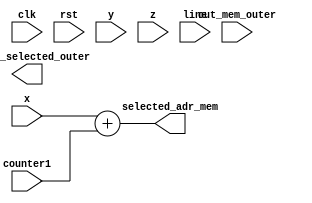
module PE2_DP #(parameter SIZE_ADR = 7)(
    input clk, rst,
    input [SIZE_ADR - 1: 0] x, y, z,
    input [31:0] line,
    //for outer memory:
    output [SIZE_ADR - 1:0] selected_adr_mem,
    output [31:0] in_mem_selected_outer,
    input [31:0] out_mem_outer,

    //communicate with controller:
    input [5:0] counter1
);


wire [31:0] line0;
wire [31:0] line1;
wire [31:0] line2;
wire [31:0] line3;
wire [31:0] line4;
wire [31:0] line5;
wire [31:0] line6;
wire [31:0] line7;
wire [31:0] line8;
wire [31:0] line9;
wire [31:0] line10;
wire [31:0] line11;
wire [31:0] line12;

reg [32 * 13 - 1:0] lines;

wire [4:0] counter01;
assign counter01 = counter1;
integer i;
always @( counter01 ) begin
    i = counter01 * 32;
	lines[i -:32] = out_mem_outer;
end

assign line0   = lines[31:0];
assign line1   = lines[63:32];
assign line2   = lines[95:64];
assign line3   = lines[127:96];
assign line4   = lines[159:128];
assign line5   = lines[191:160];
assign line6   = lines[223:192];
assign line7   = lines[255:224];
assign line8   = lines[287:256];
assign line9   = lines[319:288];
assign line10  = lines[351:320];
assign line11  = lines[383:352];
assign line12  = lines[415:384];


assign selected_adr_mem = x + counter1;
/*
Register_File #(4, 32) buffer_4
    (clk, rst, write_en_rf4, adr_buf, in_rf4, out_rf4);

Register_File #(4, 32) buffer_4_filter
    (clk, rst, write_en_rf4_filter, adr_buf, in_rf4_filter, out_rf4_filter);




mux_4to1 #(8) mux1
    (out_rf4[31:24],
    out_rf4[23:16],
    out_rf4[15:8],
    out_rf4[7:0],
    select_line,
    out_mux1);

mux_4to1 #(8) mux2
    (out_rf4_filter[31:24],
    out_rf4_filter[23:16],
    out_rf4_filter[15:8],
    out_rf4_filter[7:0],
    select_line,
    out_mux2);

assign out_multiplier = out_mux1 * out_mux2;

wire [11:0] out_last_reg, adder_out, out_mux3;

Register #(12) last_reg
(clk, rst, load_last_reg, clear_last_reg, adder_out, out_last_reg);

mux_2to1 #(12) mux3
 (0, out_last_reg ,sel_mux3, out_mux3);

Adder #(12) adder
({4'b0, out_multiplier[15:8]}, out_mux3, 0,, adder_out);
*/


endmodule